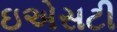
ઇએસટી